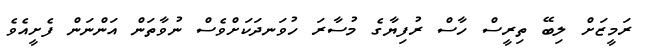
ރަމީޒަށް ލިބޭ ތިރީސް ހާސް ރުފިޔާގެ މުސާރަ ހުވަނދަކަށްވެސް ނުވާތަން އަންނަން ފެށީއެވެ